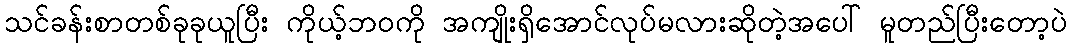
သင်ခန်းစာတစ်ခုခုယူပြီး ကိုယ့်ဘဝကို အကျိုးရှိအောင်လုပ်မလားဆိုတဲ့အပေါ် မူတည်ပြီးတော့ပဲ